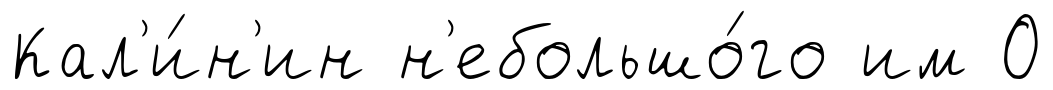
Кал'и́н'ин н'ебольшо́го им О